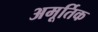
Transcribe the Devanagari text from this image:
अमूर्तिक